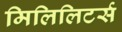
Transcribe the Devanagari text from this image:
मिलिलिटर्स